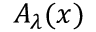
A _ { \lambda } ( x )